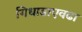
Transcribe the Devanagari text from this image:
गिधाडाएवढा